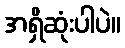
အရှိဆုံးပါပဲ။